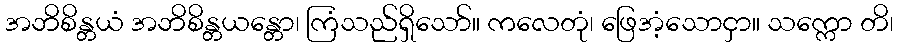
အဘိစိန္တယံ အဘိစိန္တယန္တော၊ ကြံသည်ရှိသော်။ ကလေတုံ၊ ဖြေအံ့သောငှာ။ သက္ကော တိ၊